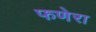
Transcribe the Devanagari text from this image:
फणेरा